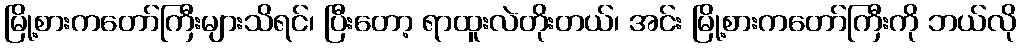
မြို့စားကတော်ကြီးများသိရင်၊ ပြီးတော့ ရာထူးလဲတိုးတယ်၊ အင်း မြို့စားကတော်ကြီးကို ဘယ်လို